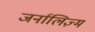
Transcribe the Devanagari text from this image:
जर्नालिज़्म